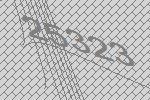
25323